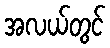
အလယ်တွင်